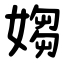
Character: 媰